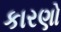
કારણો